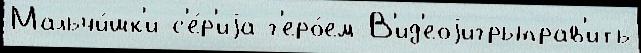
Мальчи́шк'и с'е́р'иjа г'еро́ем В'ид'еоjигрыправ'ить